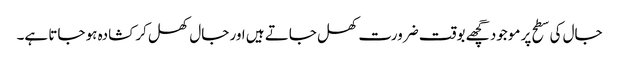
جال کی سطح پر موجود گچھے بوقت ضرورت کھل جاتے ہیں اور جال کھل کر کشادہ ہو جاتا ہے۔